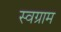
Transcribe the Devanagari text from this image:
स्वग्राम